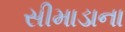
સીમાડાના